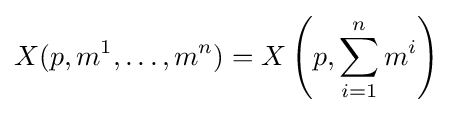
X(p,m^{1},\dots ,m^{n})=X\left(p,\sum _{i=1}^{n}m^{i}\right)